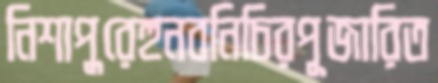
নিশাপুরেহুনবনিচিরপূজারিত